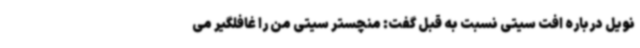
نویل درباره افت سیتی نسبت به قبل گفت:‌ منچستر سیتی من را غافلگیر می